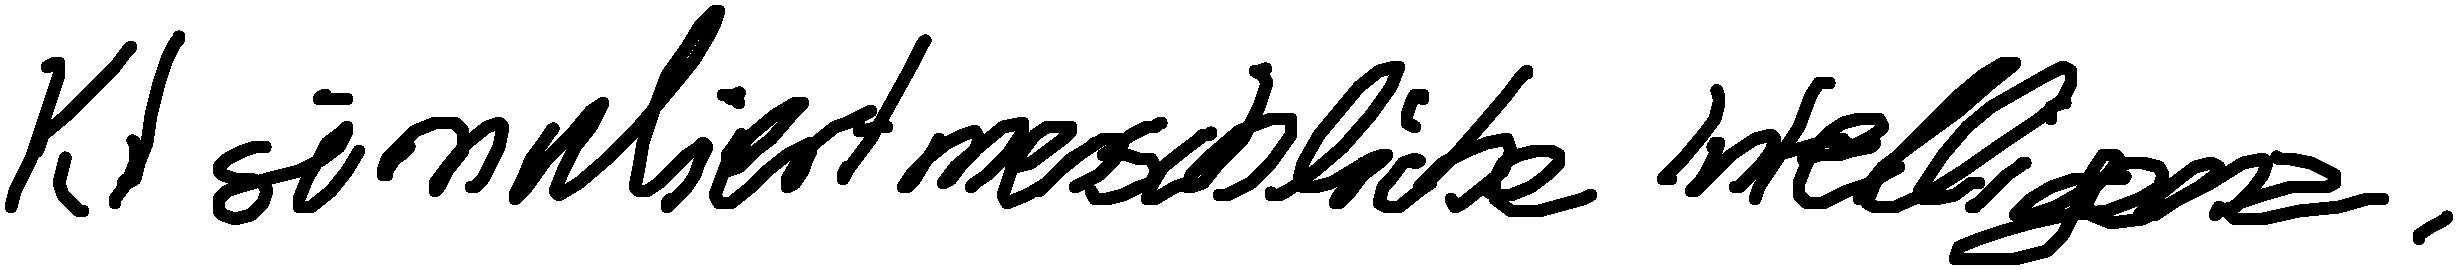
KI simuliert menschliche Intelligenz.